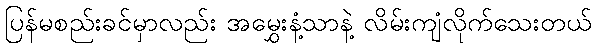
ပြန်မစည်းခင်မှာလည်း အမွှေးနံ့သာနဲ့ လိမ်းကျံလိုက်သေးတယ်